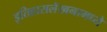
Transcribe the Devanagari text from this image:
इतिहासलेखनामध्ये